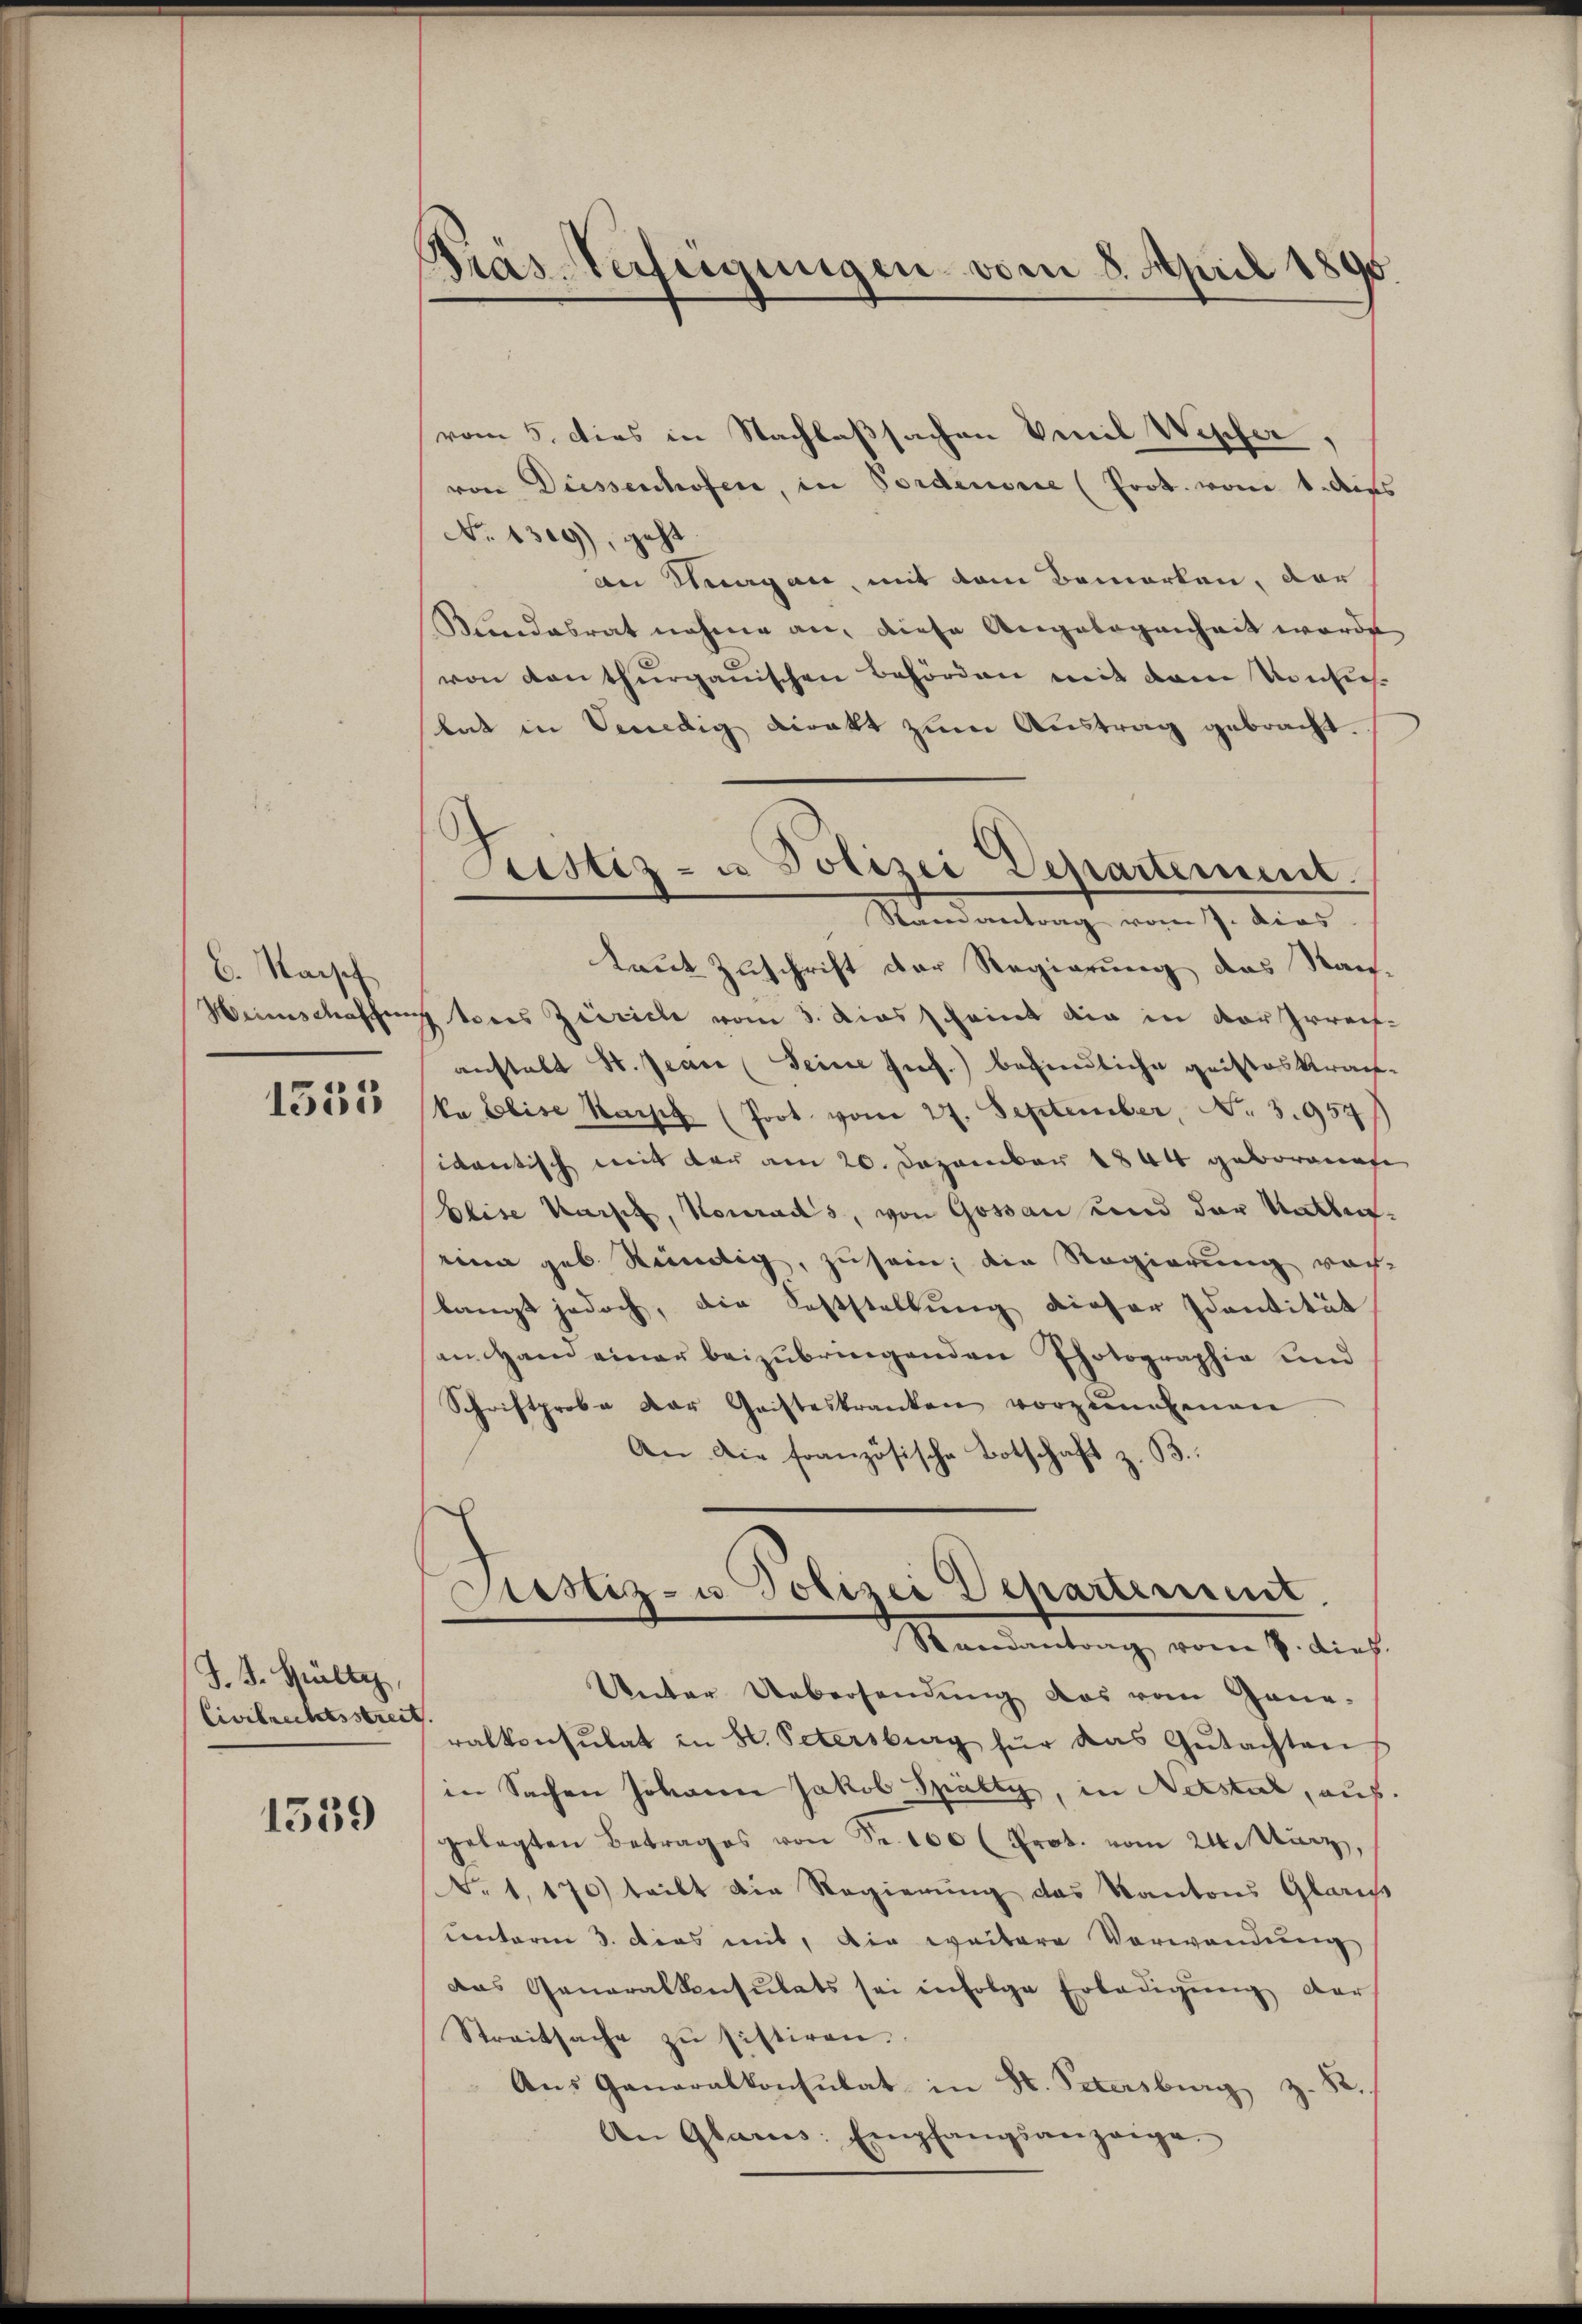
6. Maisch
Weinschaschen

1551

J. J. Hilty,
Civilrechtsstreit.

1559

Pras-Verfügungen vom 8. April 1895.

Justiz- u Polizei Departement.
Raenantrag vom J. dies

vom 5. dies in Nachlaßsachen Venil Wepfer,
von Düssenhofen, in Fordensre (Prot. vom 1. dies
No. 1309), geht
an Magan, mit dem Bemerken, dar
Kundesrat nahme an, diese Angelogenheit werde
von Kanthurgauischen Behörden mit dem Monsieh
bat in Senedig direkt zum Austrag gebracht.
taut Zuschrift der Regierung das Stan-
tores Zürich vom 3. Dies scheint die in der Irreifanstalt St. Jean (Seine Jnf.) befindliche geisteskranka Elise Karpt (Joot. vom 27. September, No. 3957/
idantisch mit der am 20. Dezember 1844 geborenaf
Blise Karpe, Konrads, von Gossau und der Rathen.
einer geb Kündig, zu sei, die Regierung nach
langt jedoch, die Feststellung dieser Identität
an Hand einer beizubringenden Photographie und
Schriftprobe der Geisteskranken vorzunehmen
An die französische Botschaft z. B.
Justiz- u. Polizei Departement
Randantrag vom 7. dies.
Unter Uebersendung das vom Gene-
ralkonsulat in St. Petersburg für das Gŭtachten
in Sachen Johann Jakob Spälty, in Nerstal, auf
gelegten Betrages von Fr. 200 (Prot. vom 24. März,
Nr. 1, 170) teilt die Regierung das Kantons Glarus
unterm 3. dies mit, die weitere Verwendung
das Generalkonsulats sei infolge Erledigŭng der
Streitsache zŭ sistiren.
Aŭs Generalkonsulat in St. Petersburg z. B.
An Glarus: Empfangsanzeige